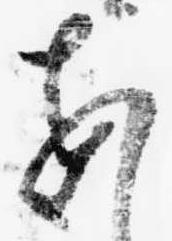
あ